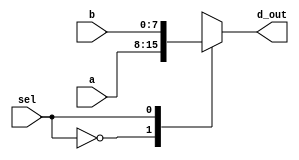
module mux2_8bits(a,b,sel,d_out); // this module means 8 bits 2 to 1 multiplexer
input [7:0] a,b; // define 8 bits input a,b
input sel; // define input sel
output reg [7:0] d_out; // define 8 bits output and reg d_out

always @ (sel, a, b) // Calculate the d_out through the case statement
	begin // it means 1 time loop, begin - end means { }
		case(sel)
		1'b0: d_out <= a;
		1'b1: d_out <= b;
		default: d_out <= 8'bx; // To prevent the problem of latch
		endcase // end of case 
	end
	
endmodule // end of module

// The above command is if(sel) and assign a:b? a: same as b